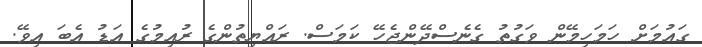
ގައުމަށް ހަމަހިމޭން ވަގުތު ގެނެސްދޭންޖެހޭ ކަމަސް. ރައްޔިތުންގެ ރުއިމުގެ އަޑު އެބަ އިވޭ.